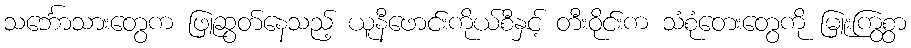
သင်္ဘောသားတွေက ဖြူဆွတ်နေသည့် ယူနီဖောင်းကိုယ်စီနှင့် တီးဝိုင်းက သံစုံတေးတွေကို မြူးကြွစွာ